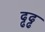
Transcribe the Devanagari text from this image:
ढ्ढढ्ढ